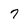
Character: 7